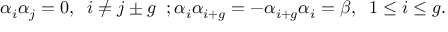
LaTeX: \alpha _ { i } \alpha _ { j } = 0 , \; \; i \neq j \pm g \; \; ; \alpha _ { i } \alpha _ { i + g } = - \alpha _ { i + g } \alpha _ { i } = \beta , \; \; 1 \leq i \leq g .